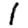
Digit: 1